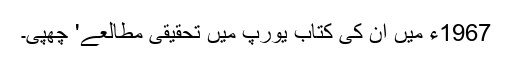
1967ء میں ان کی کتاب یورپ میں تحقیقی مطالعے' چھپی۔